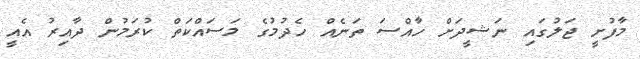
މާފުށީ ޖަލުގައި ނަޝީދަށް ހާއްސަ ތަނެއް ހެދުމުގެ މަސައްކަތް ކުރަމުން ދާއިރު އެއީ